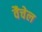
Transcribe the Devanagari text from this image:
वैचेल